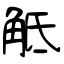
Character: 觝